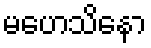
မဟေသိနော